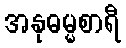
အနုဓမ္မစာရီ